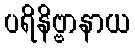
ပရိနိဗ္ဗာနာယ